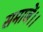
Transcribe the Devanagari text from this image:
समाजें।।